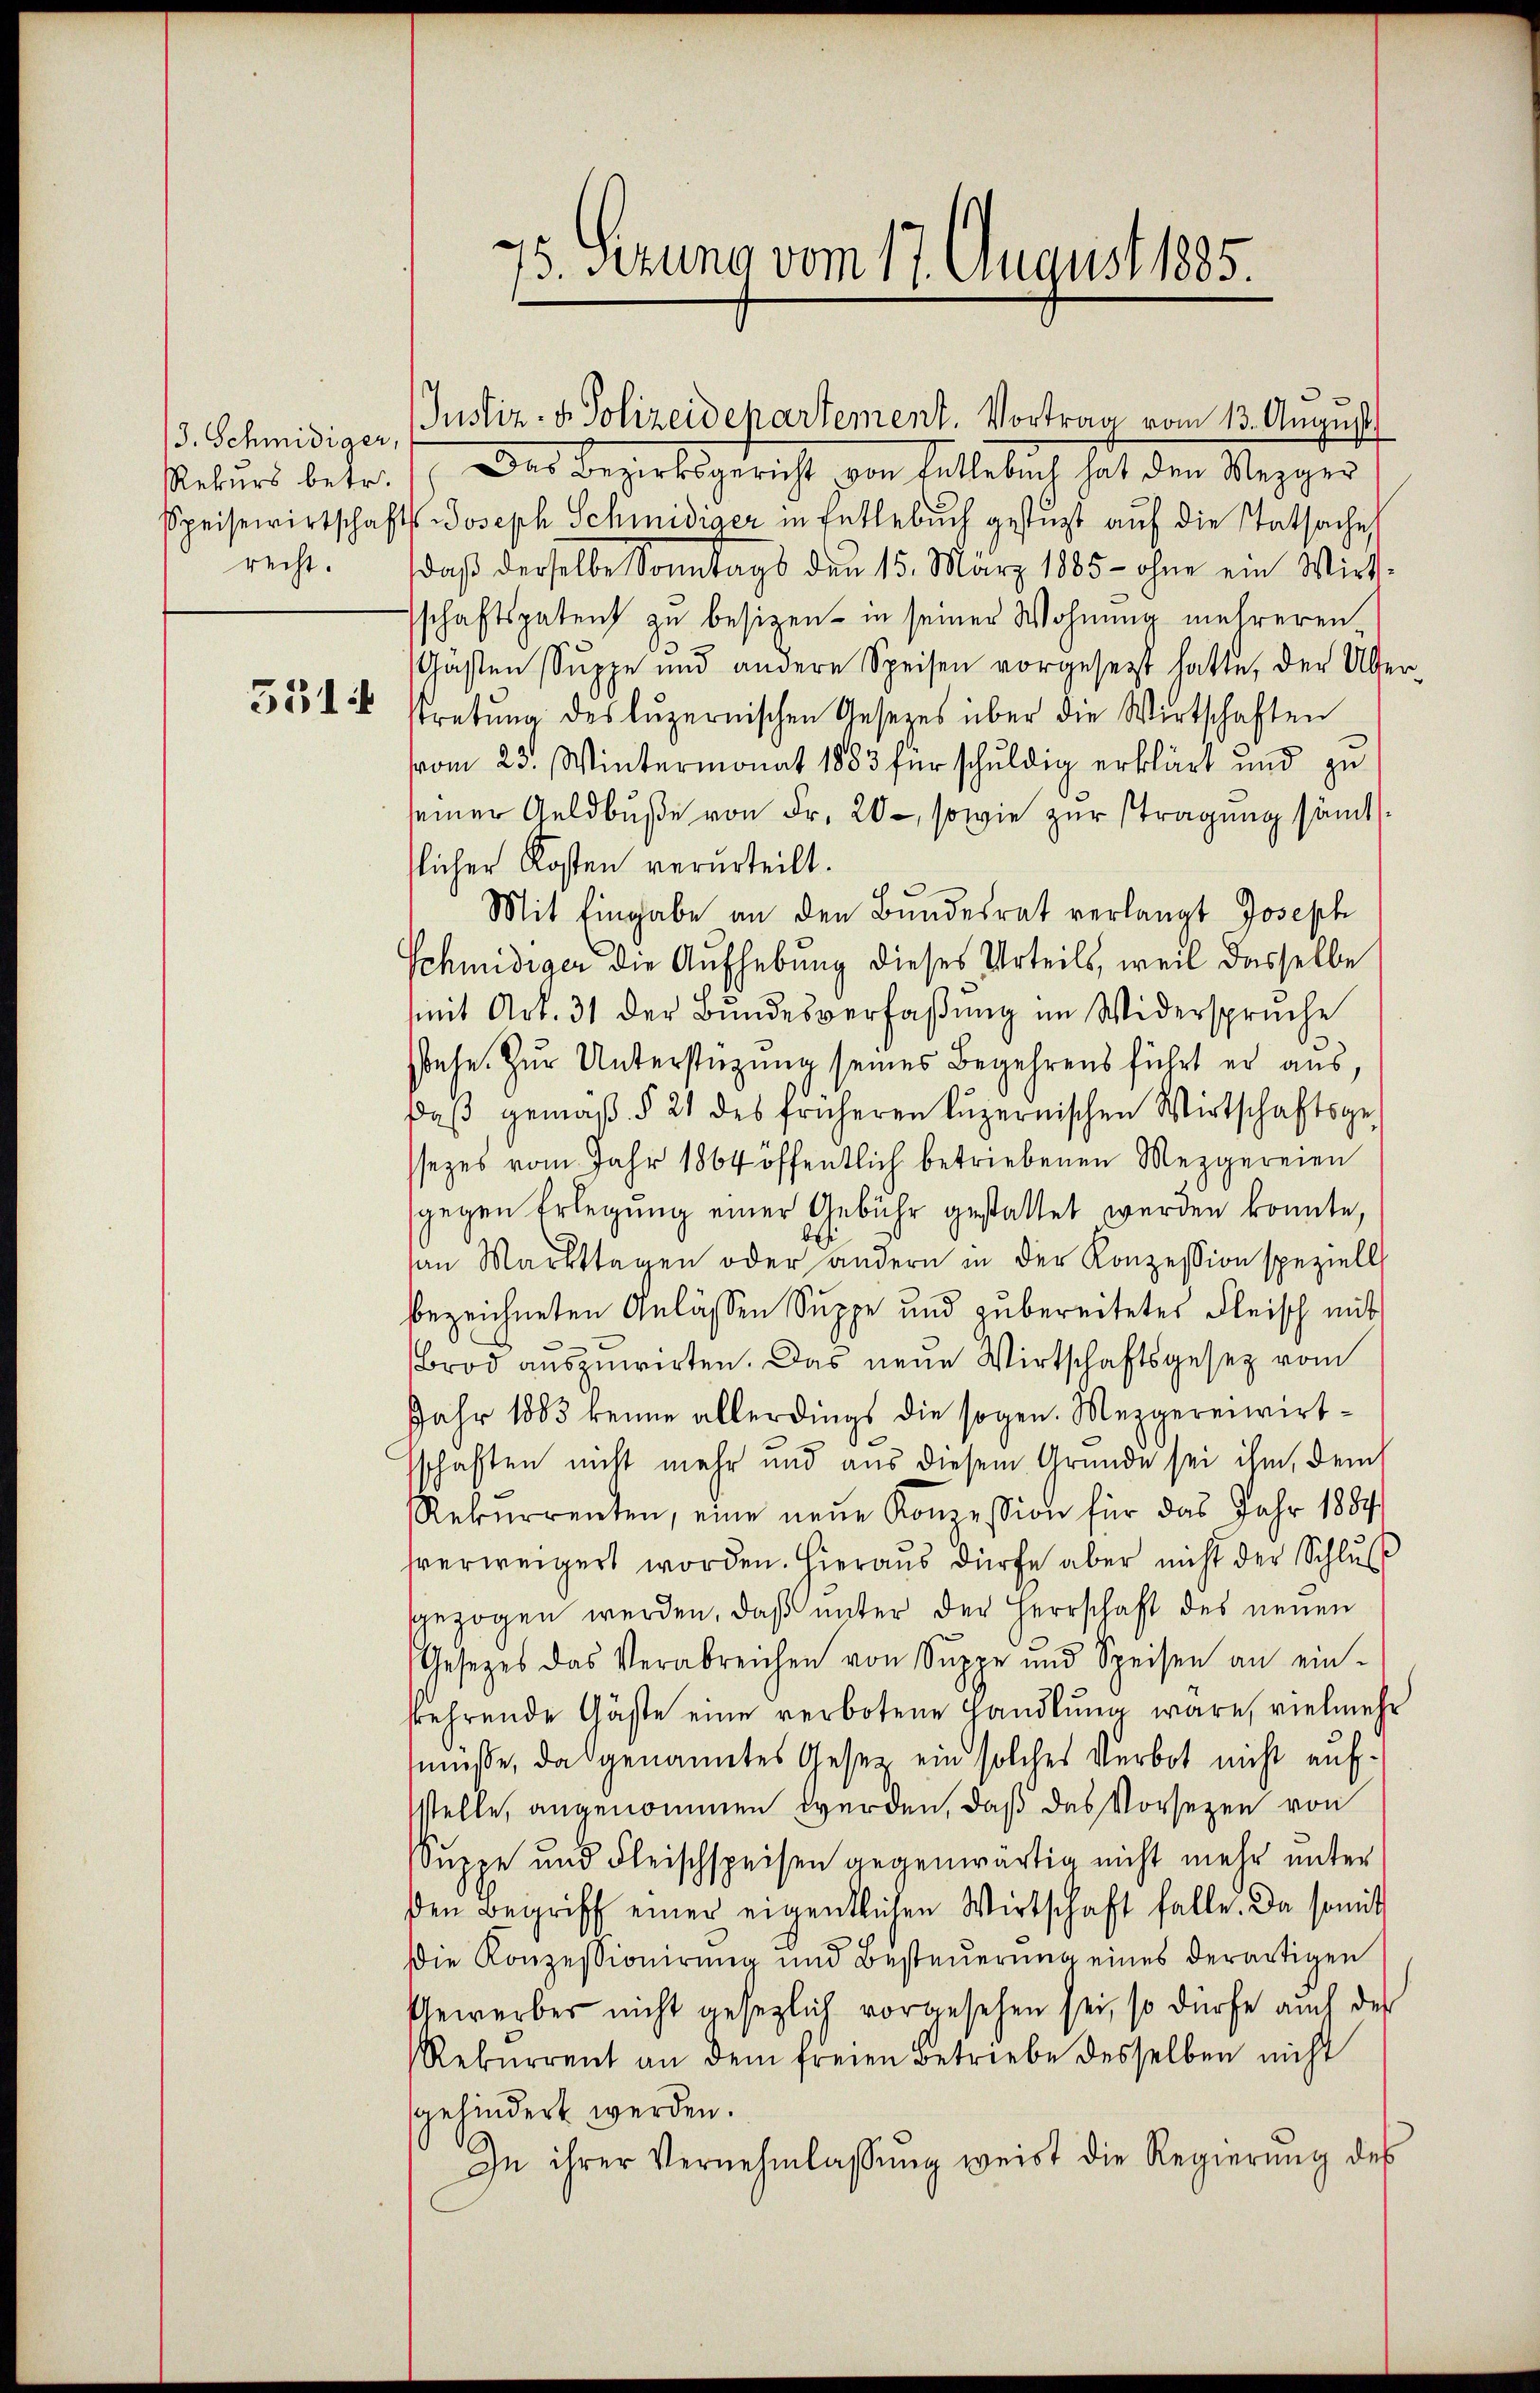
3. Schmidiger,
Rekurs betr.
recht.
3314

75. sezung vom 17. August 1885.

Das Bezirksgericht von Entlebuch hat den Wegger
Speisewirtschafts-Joseph Schmidiger in Entlebuch gestützt auf die Tatsache
daβ derselbe Sonntags den 15. März 1885 - ohne ein Wirt-
schaftspatent zu besizen in seiner Wohnung mehreren-
Gästen Suppe und andere Speisen vorgesetzt hatte, der Überstretŭng des luzernischen Gesetzes über die Wirtschaften
vom 23. Wintermonat 1883 für schuldig erklärt und zu
seiner Geldbuße von Fr. 20 - sowie zur stragung sämttlicher Kosten verurteilt.
Mit Eingabe an den Bundesrat verlangt Joseph
Schmidiger die Aufhebung dieses Urteils, weil dasselbe
mit Art. 31 der Bŭndesverfaβŭng im Widerspruche
stehe. Zur Unterstüzung seines Begehrens führt er aus,
daβ gemäβ § 21 des früheren Lŭzernischen Wirtschaftsge-
sezes vom Jahr 1864 öffentlich betriebenen Mezgereien
gegen Erlegung einer Gebühr gestattet werden konnte,
b
an Markttagen oder andern in der Konzession speziell
bezeichneten Anlässen Suppe und zu bereitetes Fleisch mit
Brod auszuwirten. Das neue Wirtschaftsgesetz vom
Jahr 1883 keine allerdings die sogen. Mezgereiwirttschaften nicht mehr und aus diesem Grunde sei ihm, dem
Rekŭrrenten, eine neŭe Konzession für das Jahr 1884
hverweigert worden. Hieraŭs dürfe aber nicht der Schlŭβ
gezogen werden, daß unter der Herrschaft des neuen
Gesetzes das Verabreichen von Suppe und Speisen an ein-
fehrende Gäste eine verbotene Handlung wäre, vielmehr
müße, das genanntes Gesetz ein solches Verbot nicht aufstelle, angenommen werden, daß das Vorsezen von
Suppe und Fleischspeisen gegenwärtig nicht mehr unter
den Begriff einer eigentlichen Wirtschaft falle. Da somit
Die Konzessionirung und Besteŭerŭng eines derartigen
Gewerber nicht gesezlich vorgesehen sei, so dürfe auch des
Rekurrent an dem freien Betriebe desselben nicht
gehindert werden.
In ihrer Vernehmlassŭng weist die Regierŭng des

Justiz- & Polizeidepartement. Vortrag vom 13. August